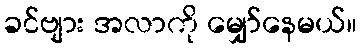
ခင်ဗျား အလာကို မျှော်နေမယ်။